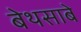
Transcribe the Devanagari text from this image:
बेथसाबे